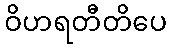
ဝိဟရတီတိပေ